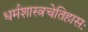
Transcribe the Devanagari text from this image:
धर्मशास्त्रचेतिहासः